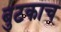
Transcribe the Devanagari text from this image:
बुटकाच